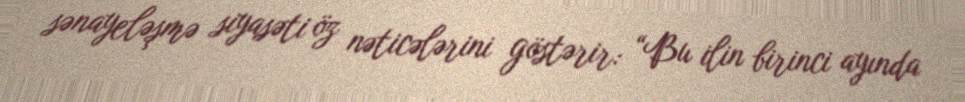
sənayeləşmə siyasəti öz nəticələrini göstərir: “Bu ilin birinci ayında